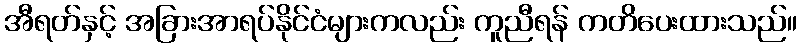
အီရတ်နှင့် အခြားအာရပ်နိုင်ငံများကလည်း ကူညီရန် ကတိပေးထားသည်။